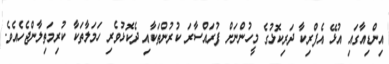
އިންޑިއާގައި އުޅޭ އެފްރިކާ ދަރިކޮޅުގެ މީހުންނަށް ފުރައްސާރަ ކުރުންތަކާއި ދެކޮޅުވެރި ހަމަލާތަކާ ކުރިމަތިލާންޖެހެއެވެ.